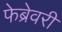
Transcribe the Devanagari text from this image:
फेब्रेवरी